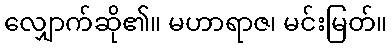
လျှောက်ဆို၏။ မဟာရာဇ၊ မင်းမြတ်။